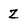
Character: z